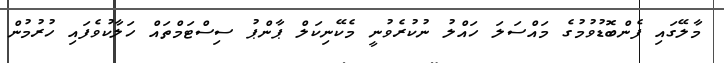
މާލޭގައި ފެންބޮޑުވުމުގެ މައްސަލަ ހައްލު ނުކުރެވުނީ މެކޭނިކަލް ޕާންޕު ސިސްޓަމްތައް ހަލާކުވެފައި ހުރުމުން